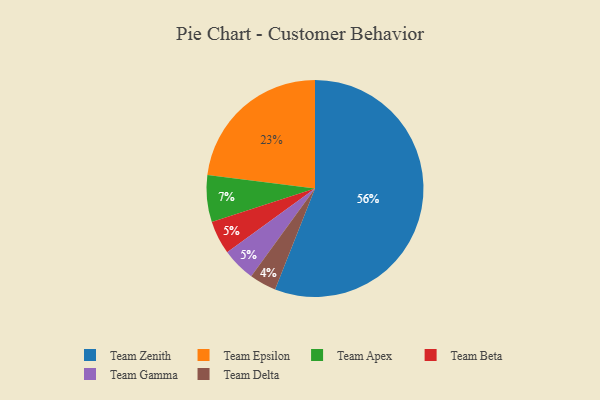
{"axis": {"x": "Category", "y": "Percentage"}, "legend": ["Team Apex", "Team Beta", "Team Delta", "Team Epsilon", "Team Gamma", "Team Zenith"], "data": [{"x": "Team Epsilon", "y": 23, "type": "Team Epsilon"}, {"x": "Team Beta", "y": 5, "type": "Team Beta"}, {"x": "Team Gamma", "y": 5, "type": "Team Gamma"}, {"x": "Team Delta", "y": 4, "type": "Team Delta"}, {"x": "Team Zenith", "y": 56, "type": "Team Zenith"}, {"x": "Team Apex", "y": 7, "type": "Team Apex"}]}